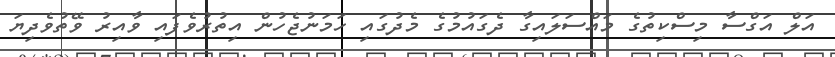
އަލް އަގްސާ މިސްކިތުގެ މައްސަލައިގާ ދެގައުމުގެ މެދުގައި ހަމަނުޖެހުން އިތުރުވެފައި ވާއިރު ވޭތުވެދިޔަ